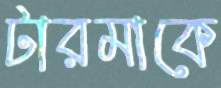
টারমাকে